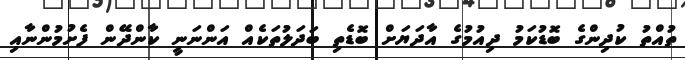
ތުއްތު ކުދިންގެ ބޮޑުކަމު ދިއުމުގެ އާދަޔަށް ބޮޑެތި ބަދަލުތަކެއް އަންނަނީ ކާންދޭން ފެށުމުންނާއި